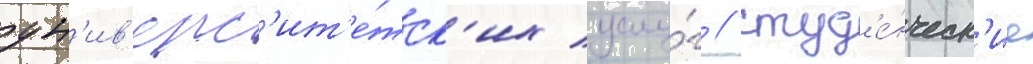
ун'ив'ерс'ит'е́тск'их услу́г / студ'е́нческ'ие